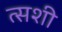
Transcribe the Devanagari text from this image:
त्सशी